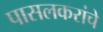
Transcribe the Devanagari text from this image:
पासलकरांचे